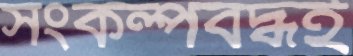
সংকল্পবদ্ধই